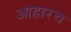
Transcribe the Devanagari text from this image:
आहारच